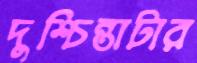
দুশ্চিন্তাটার